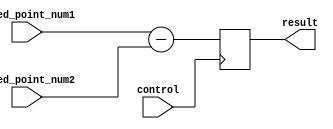
module fixed_point_subtractor (
    input [15:0] fixed_point_num1,
    input [15:0] fixed_point_num2,
    input control,
    output reg [15:0] result
);

always @ (posedge control) begin
    result <= fixed_point_num1 - fixed_point_num2;
end

endmodule